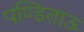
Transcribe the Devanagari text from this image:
पण्डिताऊ